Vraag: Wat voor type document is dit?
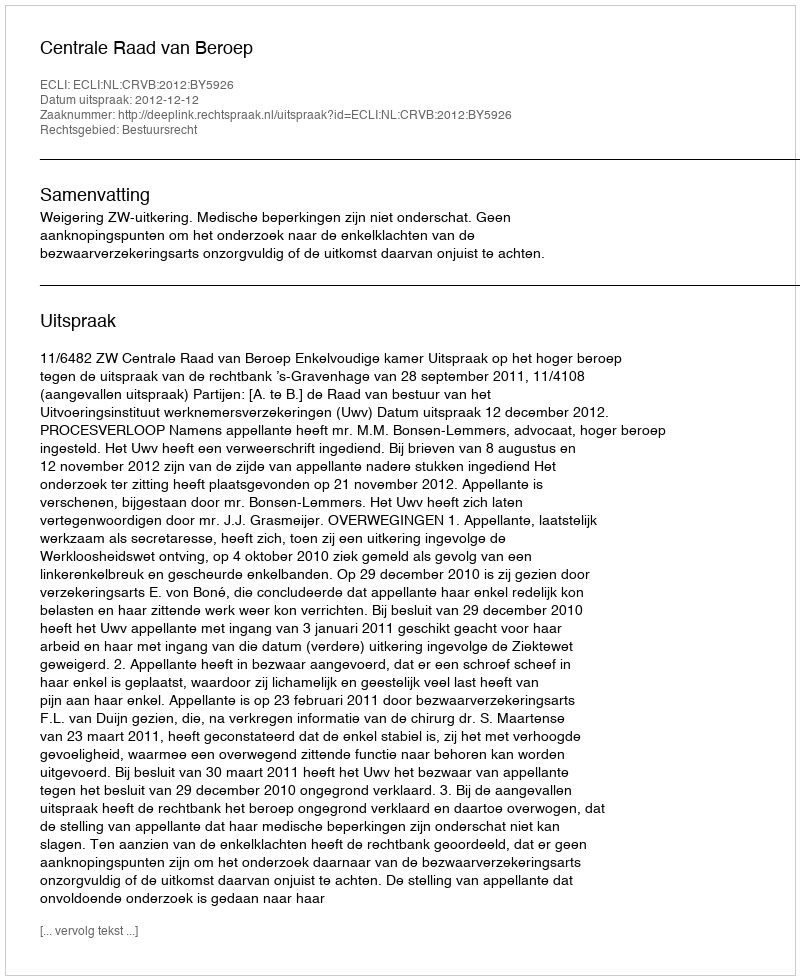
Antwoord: Uitspraak